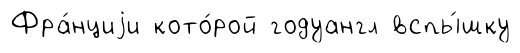
Фра́нциjи кото́рой годуангл вспы́шку